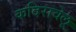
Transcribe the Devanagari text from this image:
कदिरावेलू